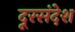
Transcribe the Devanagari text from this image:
दूरसंदेश